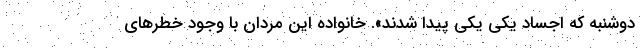
دوشنبه که اجساد یکی یکی پیدا شدند». خانواده این مردان با وجود خطر‌های